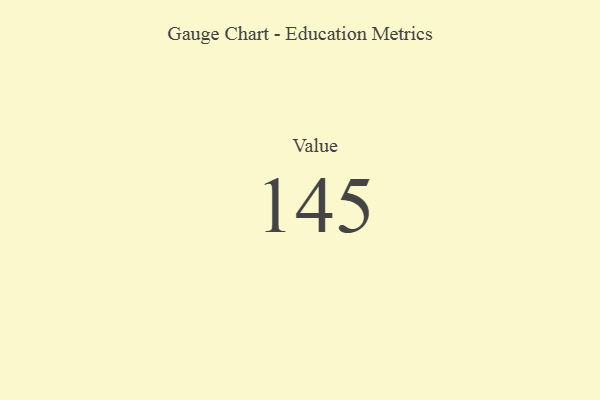
{"axis": {"x": "Metric", "y": "Value"}, "legend": [""], "data": [{"x": "Value", "y": 145, "type": ""}]}